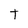
Character: t